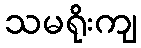
သမရိုးကျ